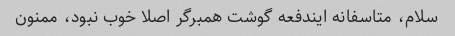
سلام، متاسفانه ایندفعه گوشت همبرگر اصلا خوب نبود، ممنون